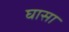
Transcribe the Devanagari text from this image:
घासा